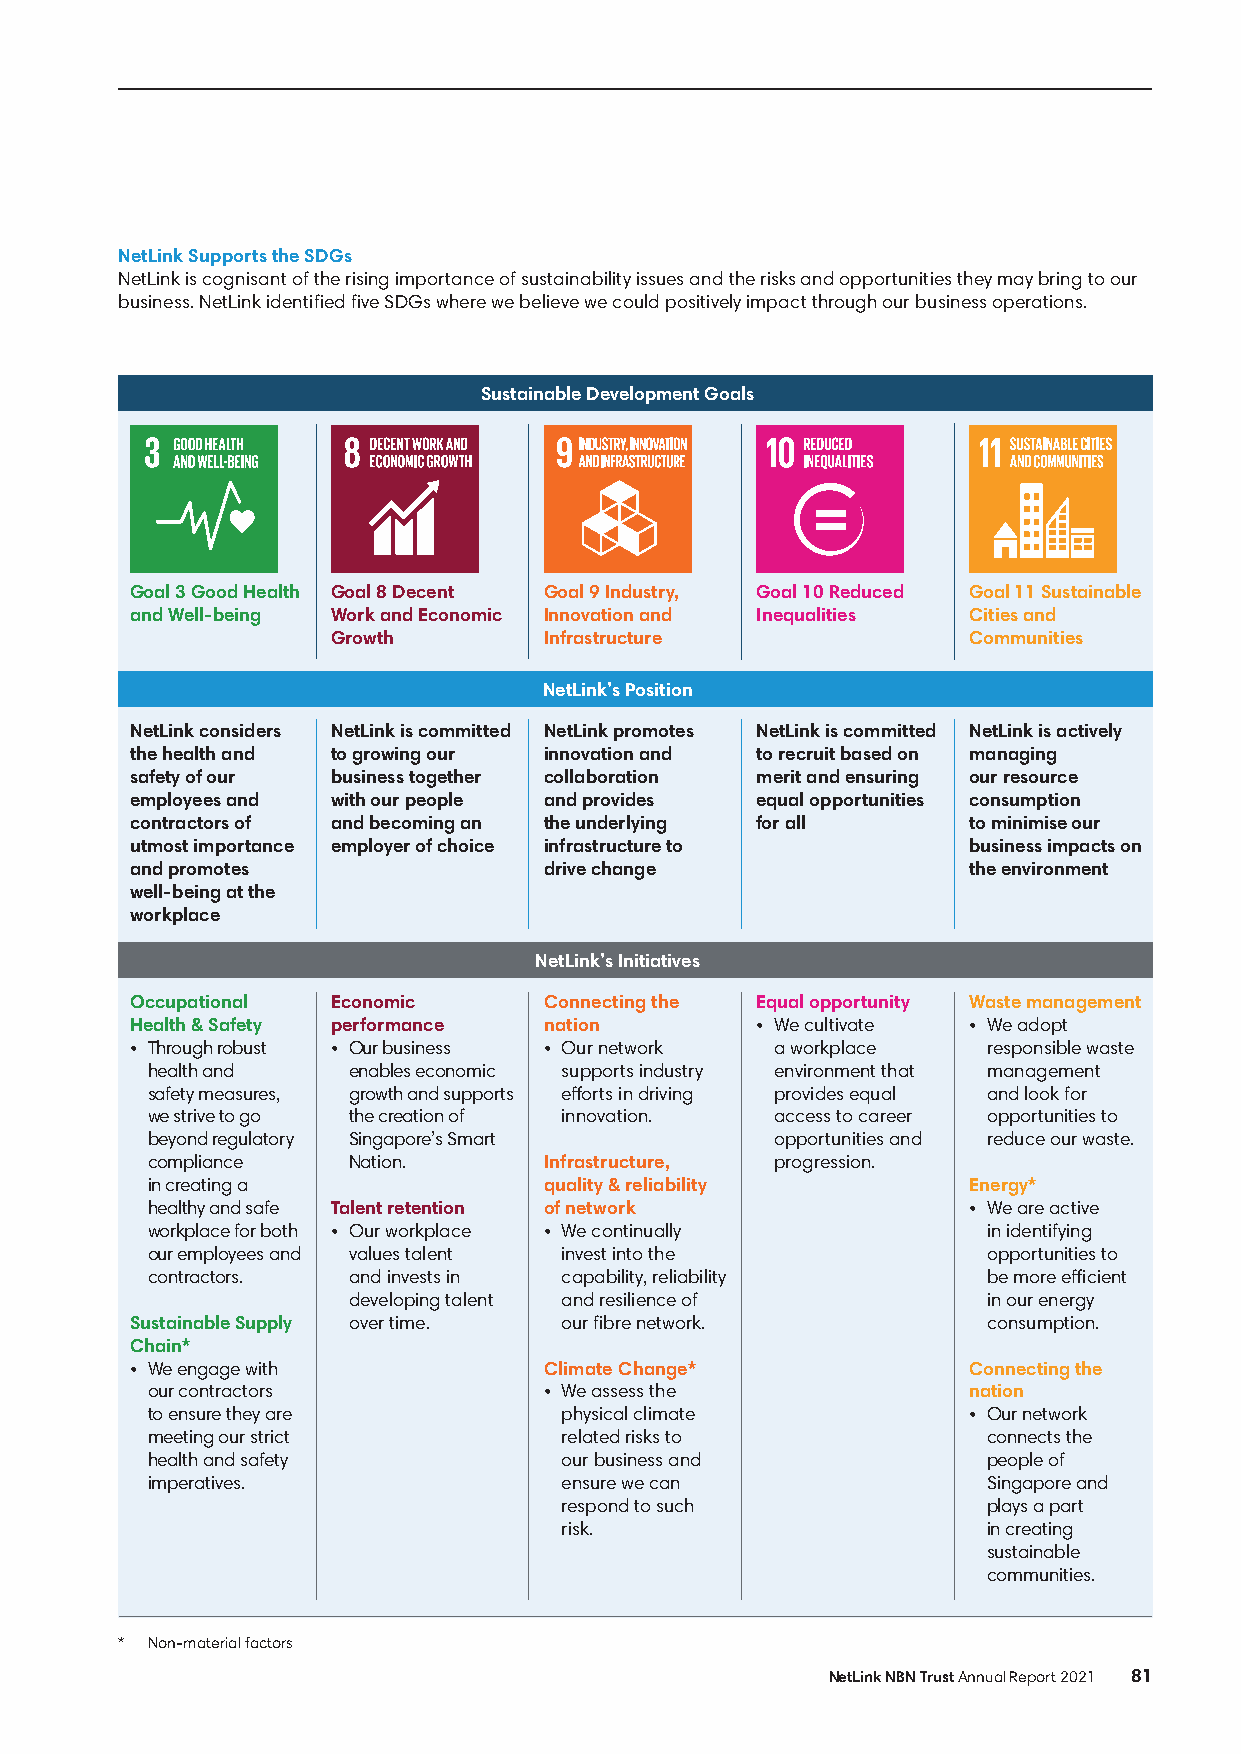
NetLink Supports the SDGs
 NetLink is cognisant of the rising importance of sustainability issues and the risks and opportunities they may bring to our
 business. NetLink identified five SDGs where we believe we could positively impact through our business operations.
 Sustainable Development Goals
 Goal 3 Good Health Goal 8 Decent Goal 9 Industry, Goal 10 Reduced Goal 11 Sustainable
 and Well-being Work and Economic Innovation and Inequalities Cities and
 Growth        Infrastructure              Communities
 NetLink’s Position
 NetLink considers NetLink is committed NetLink promotes NetLink is committed NetLink is actively
 the health and to growing our innovation and to recruit based on managing
 safety of our business together collaboration merit and ensuring our resource
 employees and with our people and provides equal opportunities consumption
 contractors of and becoming an the underlying for all  to minimise our
 utmost importance employer of choice infrastructure to business impacts on
 and promotes               drive change                the environment
 well-being at the
 workplace
 NetLink’s Initiatives
 Occupational Economic      Connecting the Equal opportunity Waste management
 Health & Safety performance nation       • We cultivate • We adopt
 • Through robust • Our business • Our network a workplace responsible waste
 health and   enables economic supports industry environment that management
 safety measures, growth and supports efforts in driving provides equal and look for
 we strive to go the creation of innovation. access to career opportunities to
 beyond regulatory Singapore’s Smart      opportunities and reduce our waste.
 compliance   Nation.      Infrastructure, progression.
 in creating a             quality & reliability       Energy*
 healthy and safe Talent retention of network          • We are active
 workplace for both • Our workplace • We continually    in identifying
 our employees and values talent invest into the        opportunities to
 contractors. and invests in capability, reliability    be more efficient
 developing talent and resilience of       in our energy
 Sustainable Supply over time. our fibre network.        consumption.
 Chain*
 • We engage with           Climate Change*             Connecting the
 our contractors           • We assess the             nation
 to ensure they are         physical climate           • Our network
 meeting our strict         related risks to            connects the
 health and safety          our business and            people of
 imperatives.               ensure we can               Singapore and
 respond to such             plays a part
 risk.                       in creating
 sustainable
 communities.
 * Non-material factors
 NetLink NBN Trust Annual Report 2021 81